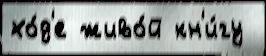
хо́д'е живо́й кн'и́гу